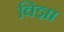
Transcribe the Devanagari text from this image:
विज्ञा